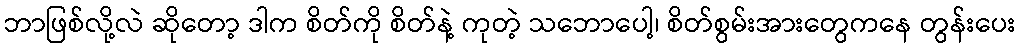
ဘာဖြစ်လို့လဲ ဆိုတော့ ဒါက စိတ်ကို စိတ်နဲ့ ကုတဲ့ သဘောပေါ့၊ စိတ်စွမ်းအားတွေကနေ တွန်းပေး